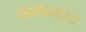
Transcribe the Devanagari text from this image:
वेर्कस्टाट